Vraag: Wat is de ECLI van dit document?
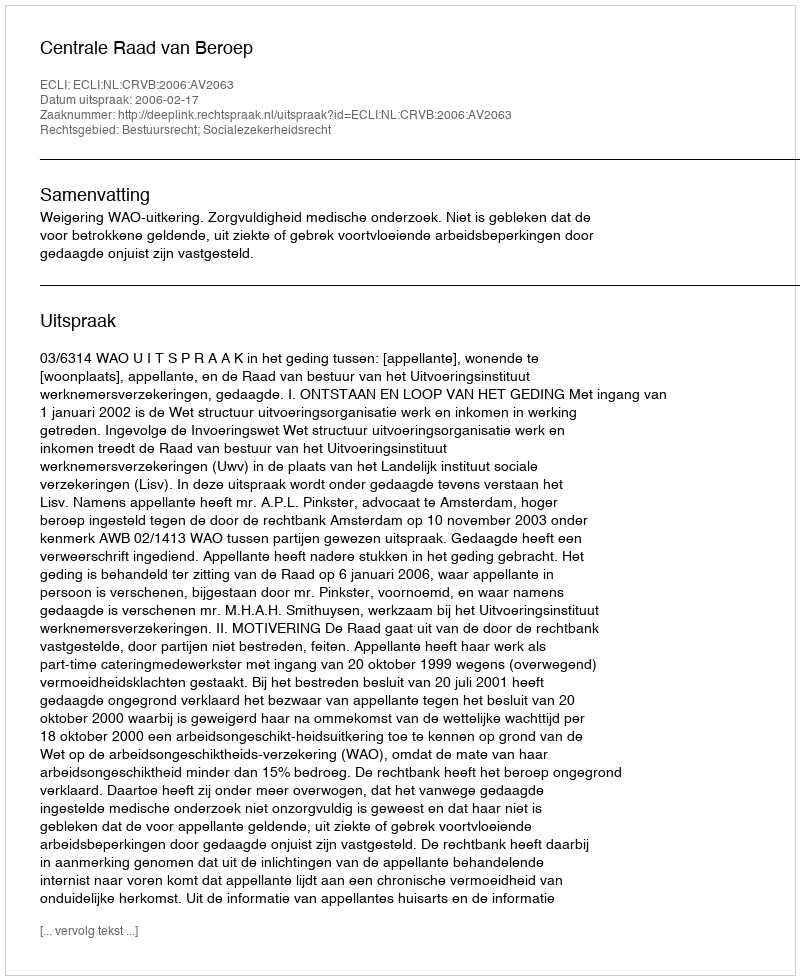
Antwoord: ECLI:NL:CRVB:2006:AV2063